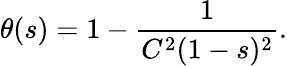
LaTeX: \theta(s)=1-\frac{1}{C^{2}(1-s)^{2}}.